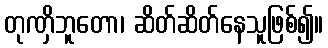
တုဏှိဘူတော၊ ဆိတ်ဆိတ်နေသူဖြစ်၍။